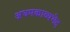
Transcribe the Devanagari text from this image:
अधमकाव्यभेद